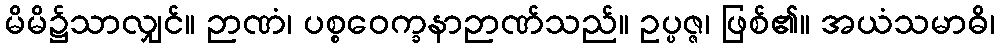
မိမိ၌သာလျှင်။ ဉာဏံ၊ ပစ္စဝေက္ခနာဉာဏ်သည်။ ဥပ္ပဇ္ဇ၊ ဖြစ်၏။ အယံသမာဓိ၊